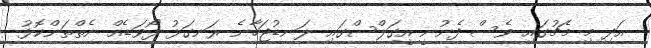
އަދި މި މެޗުގައި ވެސް ފެނުނީ އީގަލްސްގައި ލަނޑުޖަހާނެ ރަނގަޅު ފޯވަޑެއް ނެތްތަންކޮޅު